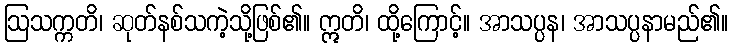
ဩသက္ကတိ၊ ဆုတ်နစ်သကဲ့သို့ဖြစ်၏။ ဣတိ၊ ထို့ကြောင့်။ အာသပ္ပန၊ အာသပ္ပနာမည်၏။